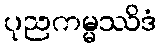
ပုညကမ္မဿိဒံ